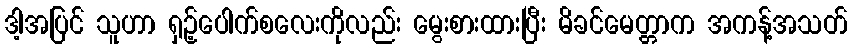
ဒါ့အပြင် သူဟာ ရှဉ့်ပေါက်စလေးကိုလည်း မွေးစားထားပြီး မိခင်မေတ္တာက အကန့်အသတ်